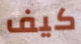
كيف